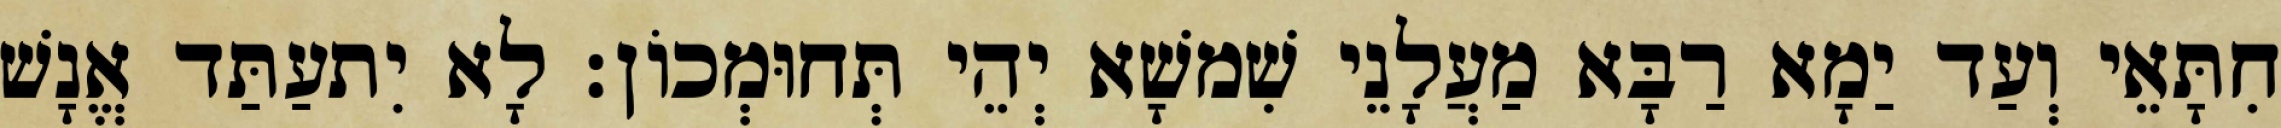
חִתָּאֵי וְעַד יַמָא רַבָּא מַעֲלָנֵי שִׁמשָׁא יְהֵי תְּחוּמְכוֹן׃ לָא יִתעַתַּד אֱנָשׁ